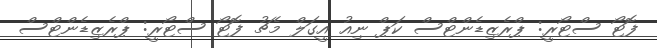
ފޮޓޯ ސްޓޯރީ: ޕްރެޒިޑެންޓްސް ކަޕް ނިއު އީގަލް މެޗު ފޮޓޯ ސްޓޯރީ: ޕްރެޒިޑެންޓްސް